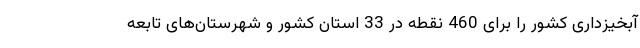
آبخیزداری کشور را برای 460 نقطه در 33 استان کشور و شهرستان‌های تابعه